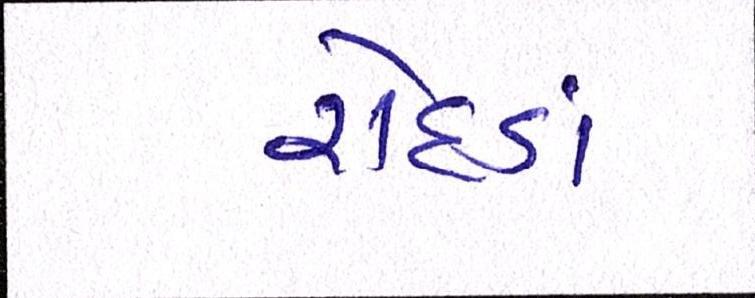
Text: રોદડાં